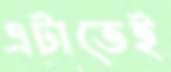
এটাতেই